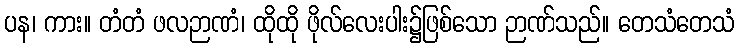
ပန၊ ကား။ တံတံ ဖလဉာဏံ၊ ထိုထို ဖိုလ်လေးပါး၌ဖြစ်သော ဉာဏ်သည်။ တေသံတေသံ